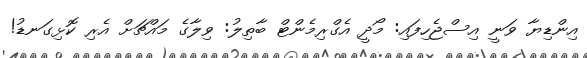
އިންޑިޔާ ވަނީ އިސްޖެހިފައި: މޯދީ އެގްރިމެންޓް ބާތިލު: ވިލާގެ މައްޗަށް އެރި ކޮޅިގަނޑު!